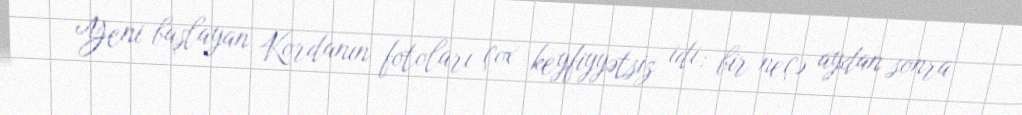
Yeni başlayan Kordanın fotoları çox keyfiyyətsiz idi; bir neçə aydan sonra